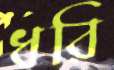
ধরি